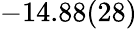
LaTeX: -14.88(28)